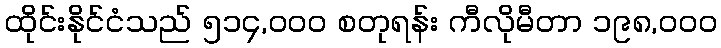
ထိုင်းနိုင်ငံသည် ၅၁၄,၀၀၀ စတုရန်း ကီလိုမီတာ ၁၉၈,၀၀၀